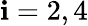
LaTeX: \mathbf{i}=2,4